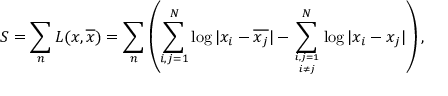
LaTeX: S = \sum _ { n } { \cal L } ( x , \overline { { { x } } } ) = \sum _ { n } \left( \sum _ { i , j = 1 } ^ { N } \log | x _ { i } - \overline { { { x _ { j } } } } | - \sum _ { i , j = 1 \atop i \ne j } ^ { N } \log | x _ { i } - { x _ { j } } | \right) ,